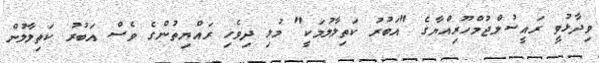
ވިދާޅުވީ ރައީސުލްޖުމްހޫރިއްޔާގެ "އަބުރު ކަތިލާލުމަކީ" މުޅި ދިވެހި ރައްޔިތުންގެ ވެސް އަބުރު ކަތިލާލުން